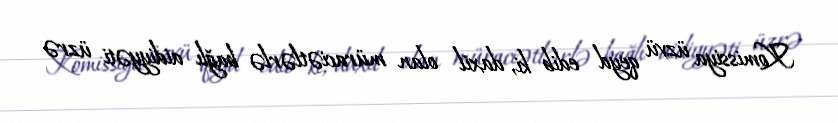
Komissiya üzvü qeyd edib ki, daxil olan müraciətlərlə bağlı aidiyyəti üzrə